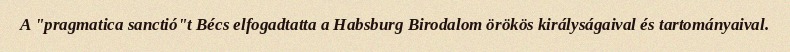
A "pragmatica sanctió"t Bécs elfogadtatta a Habsburg Birodalom örökös királyságaival és tartományaival.